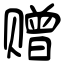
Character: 赠